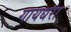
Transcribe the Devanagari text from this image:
गायधरा